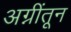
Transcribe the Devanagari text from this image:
अग्नींतून